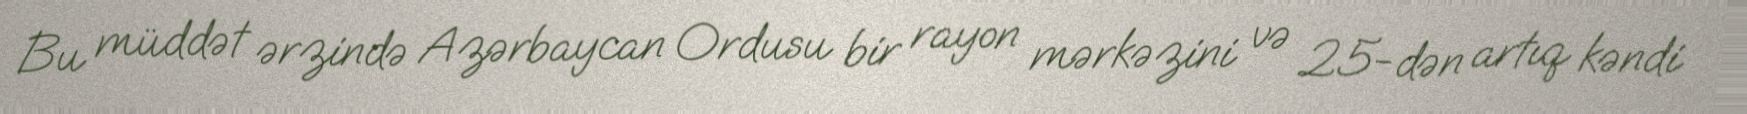
Bu müddət ərzində Azərbaycan Ordusu bir rayon mərkəzini və 25-dən artıq kəndi